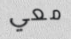
معي